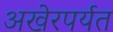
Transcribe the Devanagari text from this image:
अखेरपर्यत